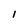
Character: I